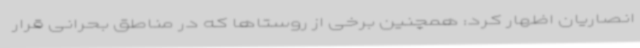
انصاریان اظهار کرد: همچنین برخی از روستاها که در مناطق بحرانی قرار